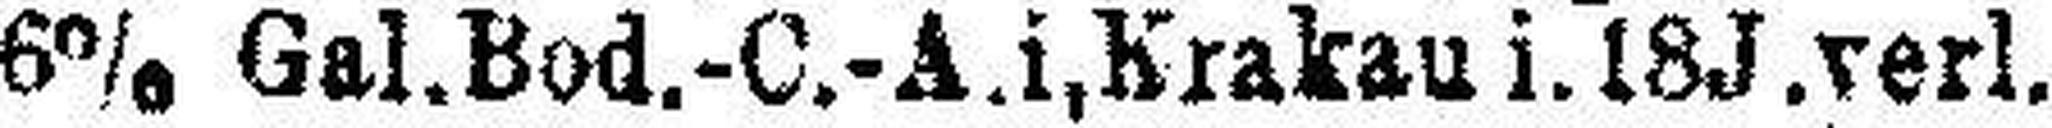
6% Gal.Bod.-C.-A.i, Krakau i. 18J.verl.